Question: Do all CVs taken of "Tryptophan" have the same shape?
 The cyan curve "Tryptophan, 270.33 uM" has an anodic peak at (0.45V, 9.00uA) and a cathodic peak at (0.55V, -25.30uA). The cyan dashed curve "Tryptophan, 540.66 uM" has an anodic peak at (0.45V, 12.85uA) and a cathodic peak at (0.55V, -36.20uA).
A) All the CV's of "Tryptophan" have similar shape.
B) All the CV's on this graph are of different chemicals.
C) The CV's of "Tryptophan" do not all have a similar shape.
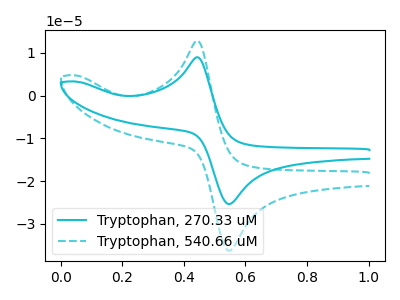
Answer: <think>All the peaks in "Tryptophan, 270.33 uM" have a peak in "Tryptophan, 540.66 uM" at the same potential. Every peak in "Tryptophan, 270.33 uM" is lower than every peak in "Tryptophan, 540.66 uM".
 </think>
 <answer>A) All the CV's of "Tryptophan" have similar shape.</answer>
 <eval>A</eval>